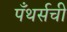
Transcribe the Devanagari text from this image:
पँथर्सची